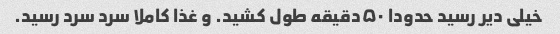
خیلی دیر رسید حدودا ۵۰دقیقه طول کشید. و غذا کاملا سرد سرد رسید.